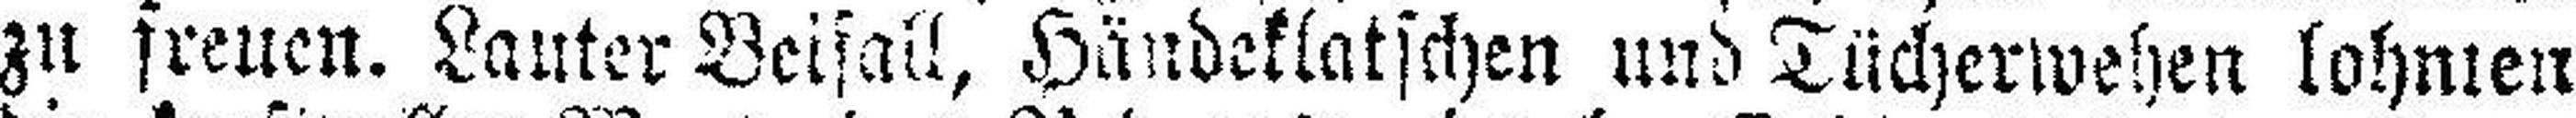
zu freuen. Lauter Beifall, Händeklatschen und Tücherwehen lohnten